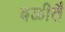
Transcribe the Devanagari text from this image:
बळीतै